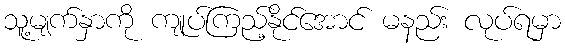
သူ့မျက်နှာကို ကျုပ်ကြည့်နိုင်အောင် မနည်း လုပ်ရမှာ